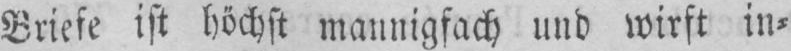
Briefe ist höchst mannigfach und wirft in⸗